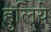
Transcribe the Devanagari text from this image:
हुलिये